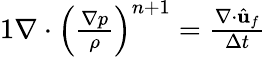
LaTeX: \begin{array}{r}{{1}\nabla\cdot\left(\frac{\nabla p}{\rho}\right)^{n+1}=\frac{\nabla\cdot\hat{\mathbf{u}}_{f}}{\Delta t}}\end{array}